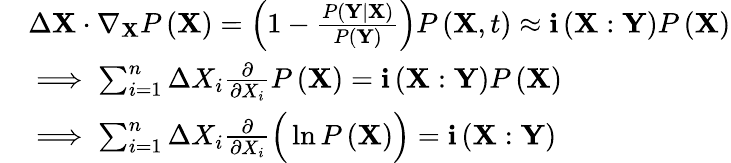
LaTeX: \begin{array}{rl}&{\Delta\mathbf{X}\cdot\nabla_{\mathbf{X}}P\left(\mathbf{X}\right)=\left(1-\frac{P\left(\mathbf{Y}\mid\mathbf{X}\right)}{P\left(\mathbf{Y}\right)}\right)P\left(\mathbf{X},t\right)\approx\mathbf{i}\left(\mathbf{X}:\mathbf{Y}\right)P\left(\mathbf{X}\right)}\\ &{\implies\sum_{i=1}^{n}\Delta X_{i}\frac{\partial}{\partial X_{i}}P\left(\mathbf{X}\right)=\mathbf{i}\left(\mathbf{X}:\mathbf{Y}\right)P\left(\mathbf{X}\right)}\\ &{\implies\sum_{i=1}^{n}\Delta X_{i}\frac{\partial}{\partial X_{i}}\Big(\ln{P\left(\mathbf{X}\right)}\Big)=\mathbf{i}\left(\mathbf{X}:\mathbf{Y}\right)}\end{array}